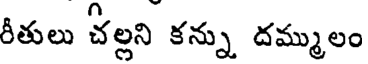
రీతులు చల్లని కన్ను దమ్ములం